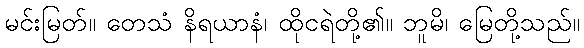
မင်းမြတ်။ တေသံ နိရယာနံ၊ ထိုငရဲတို့၏။ ဘူမိ၊ မြေတို့သည်။